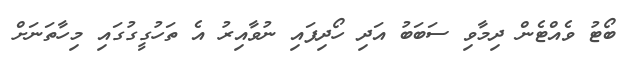
ބޯޓު ވެއްޓެން ދިމާވި ސަބަބު އަދި ހޯދިފައި ނުވާއިރު އެ ތަހުގީގުގައި މިހާތަނަށް